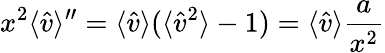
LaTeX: x^{2}\langle{\hat{v}}\rangle^{\prime\prime}=\langle{\hat{v}}\rangle(\langle{\hat{v}}^{2}\rangle-1)=\langle{\hat{v}}\rangle{\frac{a}{x^{2}}}